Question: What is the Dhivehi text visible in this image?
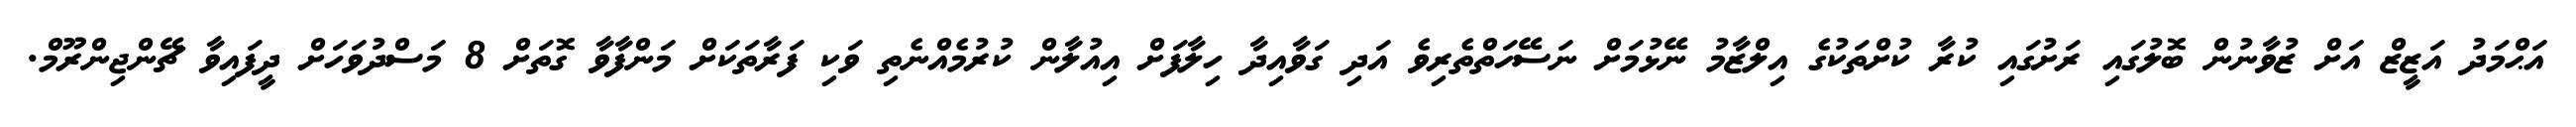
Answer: އަޙްމަދު އަޒީޒް އަށް ޒުވާނުން ބޮލުގައި ރަށުގައި ކުރާ ކުށްތަކުގެ އިލްޒާމު ނޭޅުމަށް ނަސޭހަތްތެރިވެ އަދި ގަވާއިދާ ހިލާފަށް އިއުލާން ކުރުމެއްނެތި ވަކި ފަރާތަކަށް މަންފާވާ ގޮތަށް 8 މަސްދުވަހަށް ދީފައިވާ ޗޭންޖިންރޫމް.